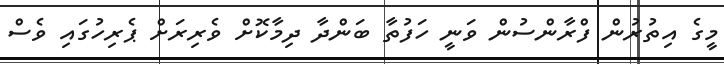
މީގެ އިތުރުން ފްރާންސުން ވަނީ ހަފުތާ ބަންދާ ދިމާކޮށް ވެރިރަށް ޕެރިހުގައި ވެސް